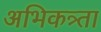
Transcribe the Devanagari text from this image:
अभिकत्र्ता